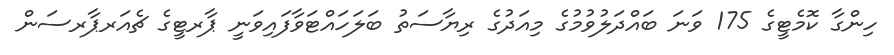
ހިންގާ ކޮމެޓީގެ 175 ވަނަ ބައްދަލުވުމުގެ މިއަދުގެ ރިޔާސަތު ބަލަހައްޓަވާފައިވަނީ ޕާރޓީގެ ޗެއަރޕާރސަން